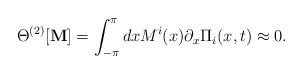
\begin{align*}\Theta^{(2)}[{\bf M}]=\int_{-\pi}^{\pi}dx M^i(x)\partial_{x}\Pi_{i}(x,t)\approx 0.\end{align*}